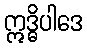
ဣဒ္ဓိပါဒေ